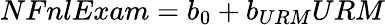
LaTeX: NFnlExam=b_{0}+b_{URM}URM